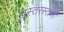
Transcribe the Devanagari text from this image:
प्रस्तरस्तंभों